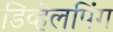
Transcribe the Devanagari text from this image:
डिव्हेलपिंग